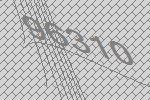
96310